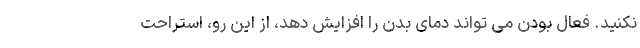
نکنید. فعال بودن می تواند دمای بدن را افزایش دهد، از این رو، استراحت